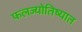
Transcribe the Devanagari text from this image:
फलज्योतिष्यात